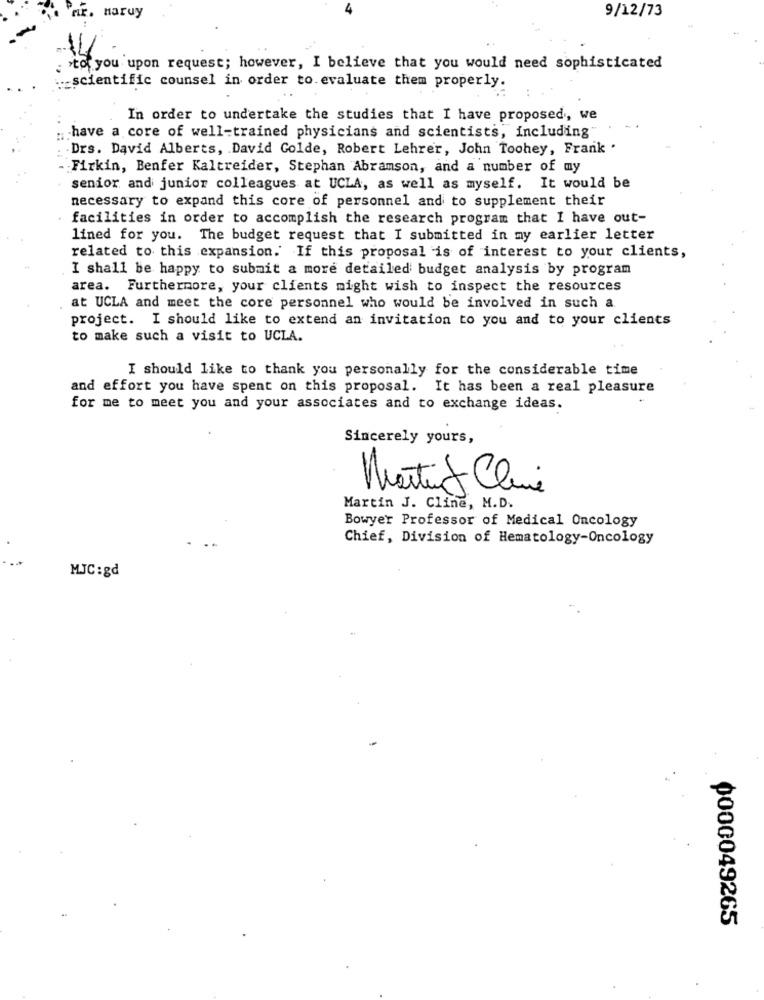
9/12/73
r. maruy
stor you upon request; however, I believe that you would need sophisticated
.- scientific counsel in order to evaluate them properly.
In order to undertake the studies that I have proposed, we
have a core of well-trained physicians and scientists, including"
. Drs. David Alberts, David Golde, Robert Lehrer, John Toohey, Frank .
Firkin, Benfer Kaltreider, Stephan Abramson, and a number of my
senior and junior colleagues at UCLA, as well as myself. It would be
necessary to expand this core of personnel and to supplement their
facilities in order to accomplish the research program that I have out-
lined for you. The budget request that I submitted in my earlier letter
related to this expansion. If this proposal is of interest to your clients,
I shall be happy to submit a more detailed budget analysis by program
area. Furthermore, your clients might wish to inspect the resources
at UCLA and meet the core personnel who would be involved in such a
project. I should like to extend an invitation to you and to your clients
to make such a visit to UCLA.
I should like to thank you personally for the considerable time
and effort you have spent on this proposal. It has been a real pleasure
for me to meet you and your associates and to exchange ideas.
Sincerely yours,
X
Martino Cline
Martin J. Cline, M.D.
Bowyer Professor of Medical Oncology
Chief, Division of Hematology-Oncology
MJC:gd
0000049265